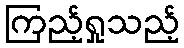
ကြည့်ရှုသည့်